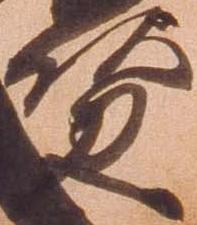
資